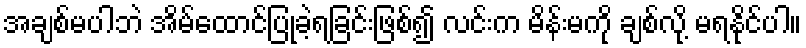
အချစ်မပါဘဲ အိမ်ထောင်ပြုခဲ့ရခြင်းဖြစ်၍ လင်းက မိန်းမကို ချစ်လို့ မရနိုင်ပါ။